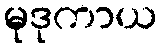
မုဒုကာယ